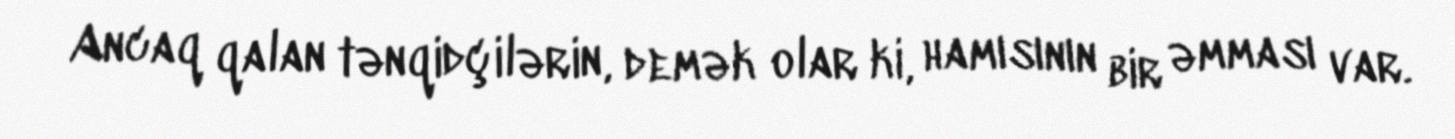
Ancaq qalan tənqidçilərin, demək olar ki, hamısının bir əmması var.